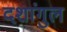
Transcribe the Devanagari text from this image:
दशांगुल